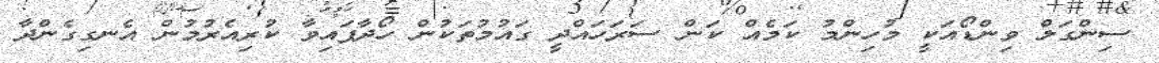
ސިންގަލް ވިންޑޯއަކީ މުހިންމު ކަމެއް ކަން ސަރަހައްދީ ގައުމުތަކުން ހޯދާފައިވާ ކުރިއެރުމުން އެނގިގެންދާ